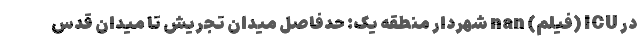
در ICU (فیلم) nan شهردار منطقه یک: حدفاصل میدان تجریش تا میدان قدس